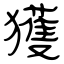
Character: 獲